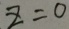
z = 0